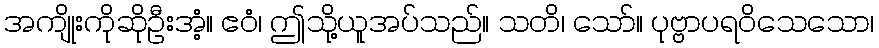
အကျိုးကိုဆိုဦးအံ့။ ဧဝံ၊ ဤသို့ယူအပ်သည်။ သတိ၊ သော်။ ပုဗ္ဗာပရဝိသေသော၊